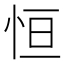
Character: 恒